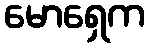
မောရှေက